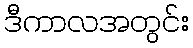
ဒီကာလအတွင်း